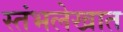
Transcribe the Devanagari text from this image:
स्तंभलेखात